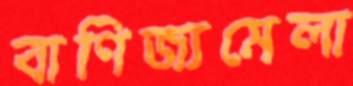
বাণিজ্যমেলা